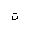
Letter: _ta